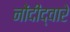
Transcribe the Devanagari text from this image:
नोंदींद्वारे